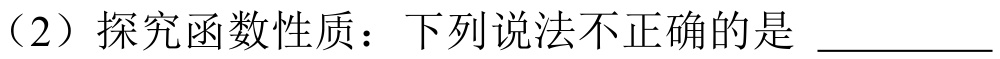
（2）探究函数性质：下列说法不正确的是